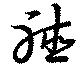
聴